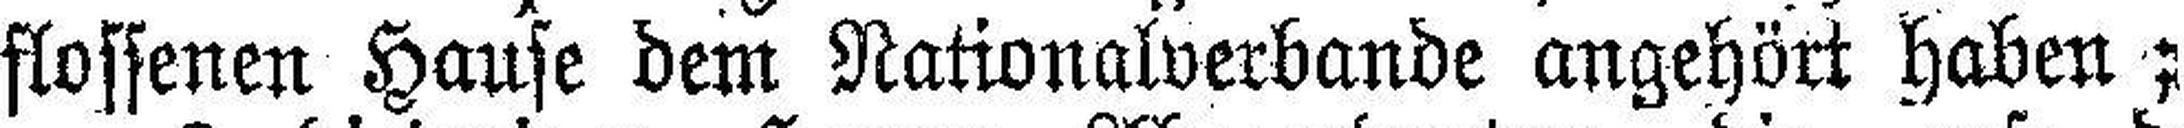
flossenen Hause dem Nationalverbande angehört haben;